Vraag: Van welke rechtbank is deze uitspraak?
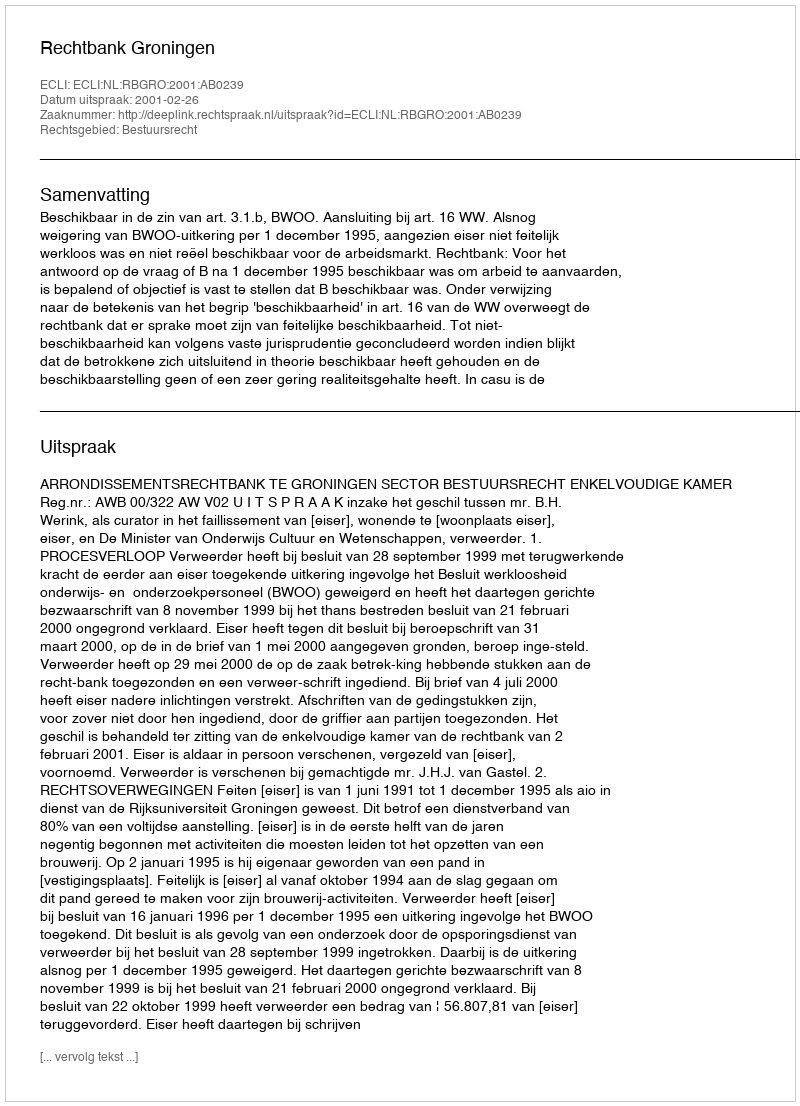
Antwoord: Rechtbank Groningen